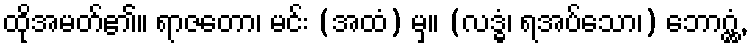
ထိုအမတ်၏။ ရာဇတော၊ မင်း (အထံ) မှ။ (လဒ္ဓံ၊ ရအပ်သော၊) ဘောဂ္ဂ္ထံ,